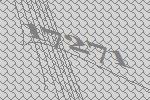
17271